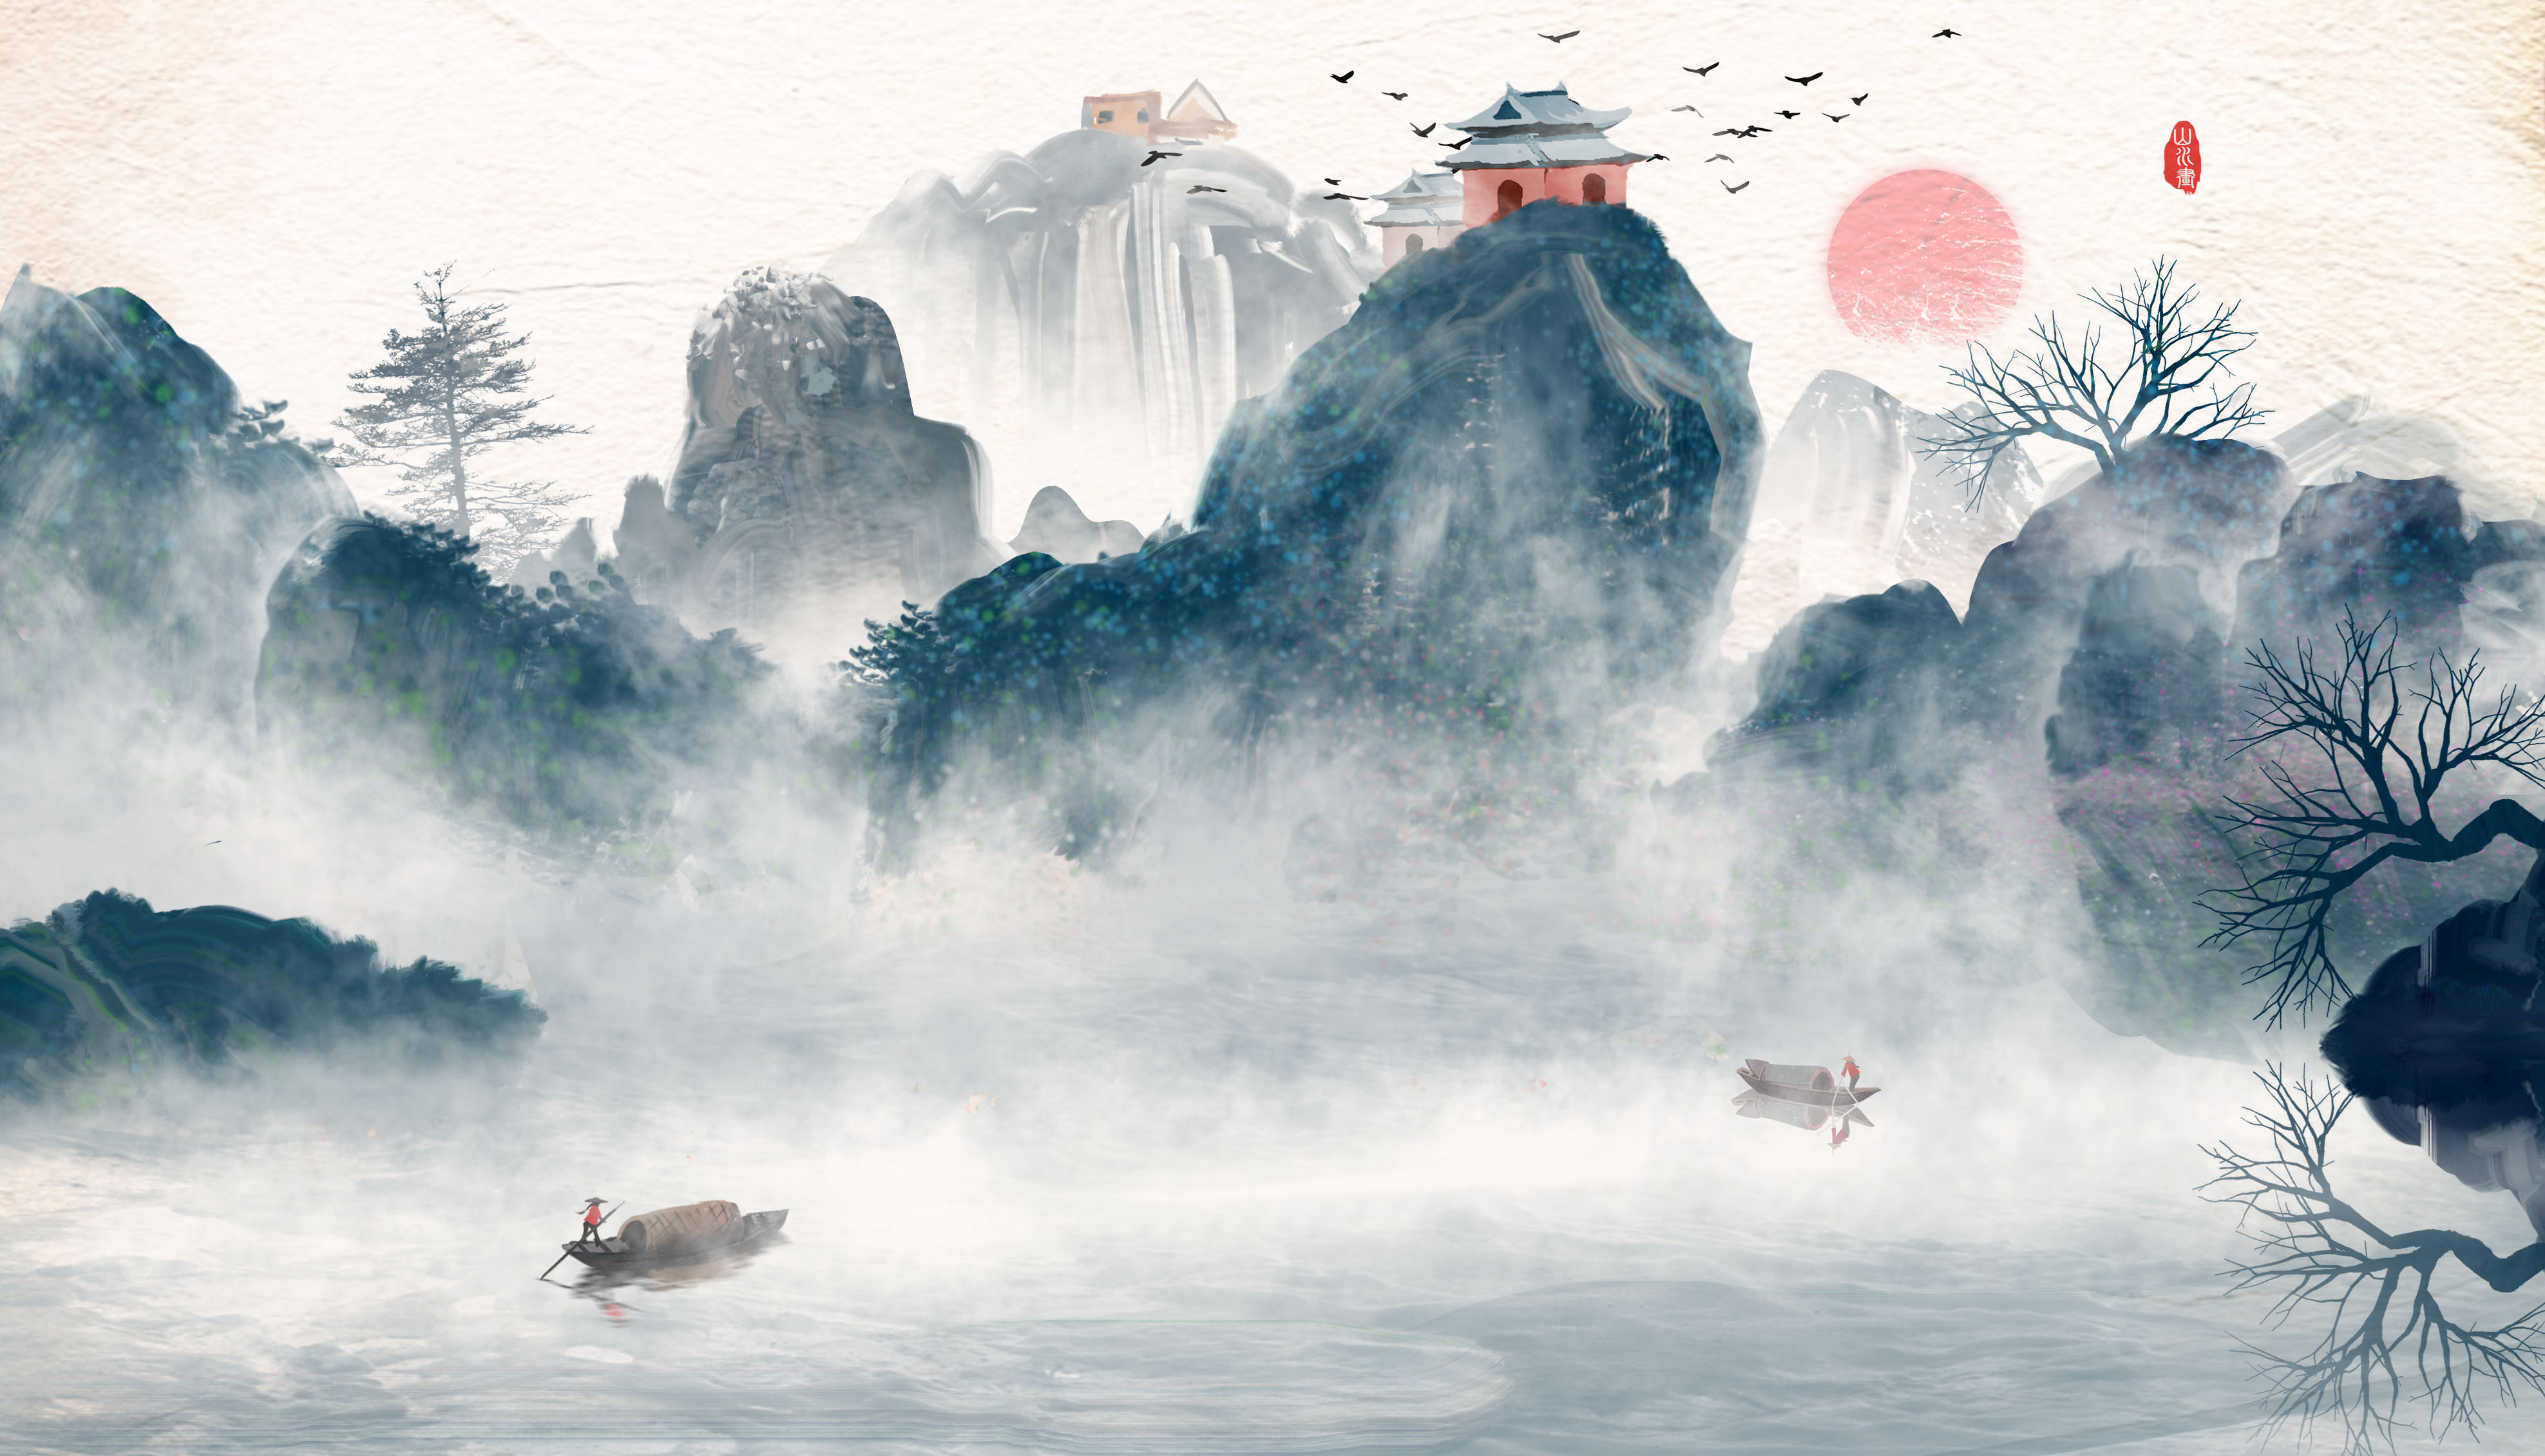
琴瑟在御，莫不静好。